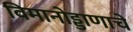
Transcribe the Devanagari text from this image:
विमानोड्डाणाचे